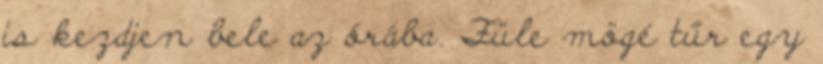
is kezdjen bele az órába. Füle mögé tűr egy